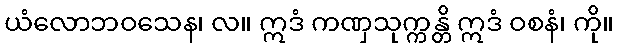
ယံလောဘဝသေန၊ လ။ ဣဒံ ကဏှသုက္ကန္တိ ဣဒံ ဝစနံ၊ ကို။